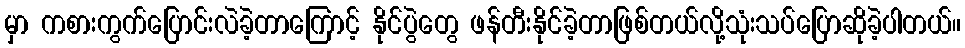
မှာ ကစားကွက်ပြောင်းလဲခဲ့တာကြောင့် နိုင်ပွဲတွေ ဖန်တီးနိုင်ခဲ့တာဖြစ်တယ်လို့သုံးသပ်ပြောဆိုခဲ့ပါတယ်။